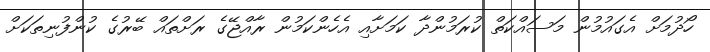
ހޯދުމަށް އެގައުމުން މަސައްކަތް ކުރަމުންދާ ކަމަށާއި އެހެންކަމުން ރާއްޖޭގެ ރަށްތައް ބޭރުގެ ކުންފުނިތަކަށް